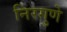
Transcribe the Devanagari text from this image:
निरगुणे